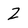
Character: 2